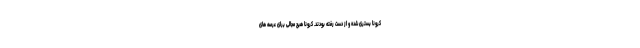
کرونا بستری شده و از دست رفته بودند. کرونا هیچ مجالی برای عرصه های